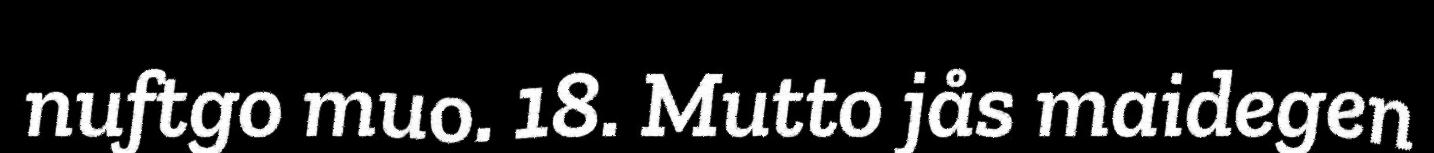
nuftgo muo. 18. Mutto jås maidegen